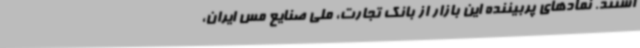
اشتند. نمادهای پربیننده این بازار از بانک تجارت، ملی صنایع مس ایران،